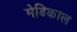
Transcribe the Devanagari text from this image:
मेडिकाल